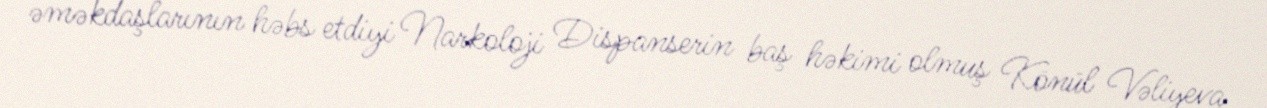
əməkdaşlarının həbs etdiyi Narkoloji Dispanserin baş həkimi olmuş Könül Vəliyeva